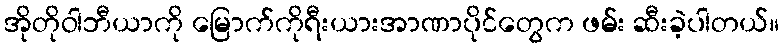
အိုတိုဝါဘီယာကို မြောက်ကိုရီးယားအာဏာပိုင်တွေက ဖမ်း ဆီးခဲ့ပါတယ်။